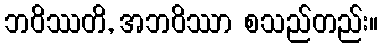
ဘဝိဿတိ, အဘဝိဿာ စသည်တည်း။